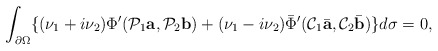
\begin{align*}\int_{\partial\Omega}\{(\nu_1+i\nu_2)\Phi'(\mathcal P_1 {\mbox{\bf a}},\mathcal P_2 {\mbox{\bf b}})+(\nu_1-i\nu_2)\bar\Phi'(\mathcal C_1\bar{\mbox{\bf a}},\mathcal C_2\bar{\mbox{\bf b}})\}d\sigma=0,\end{align*}